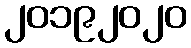
၂၀၁၉၂၀၂၀